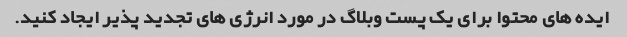
ایده های محتوا برای یک پست وبلاگ در مورد انرژی های تجدید پذیر ایجاد کنید.